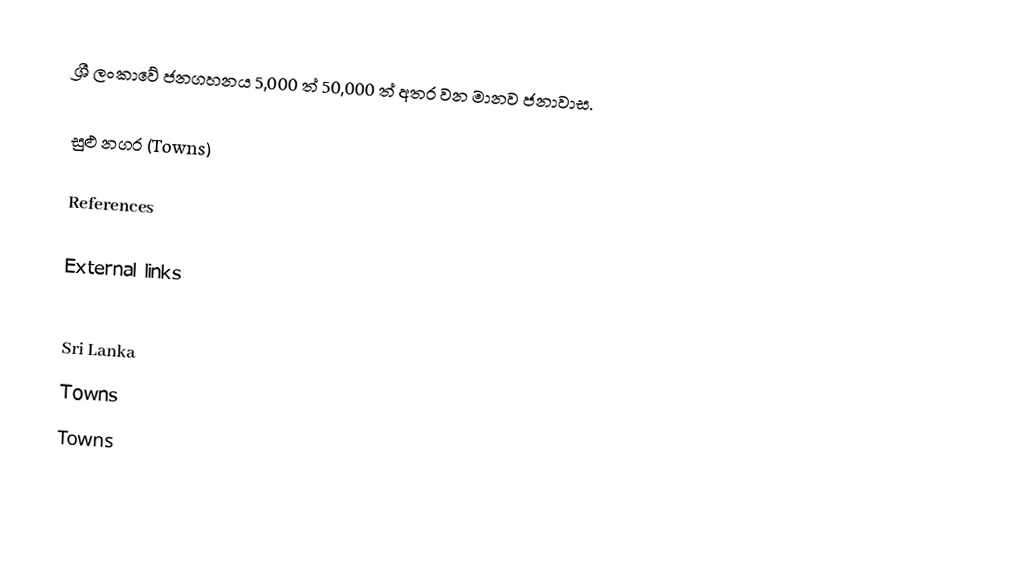
ශ්‍රී ලංකාවේ ජනගහනය 5,000 ත් 50,000 ත් අතර වන මානව ජනාවාස.

සුළු නගර (Towns)

References

External links

Sri Lanka
Towns
Towns